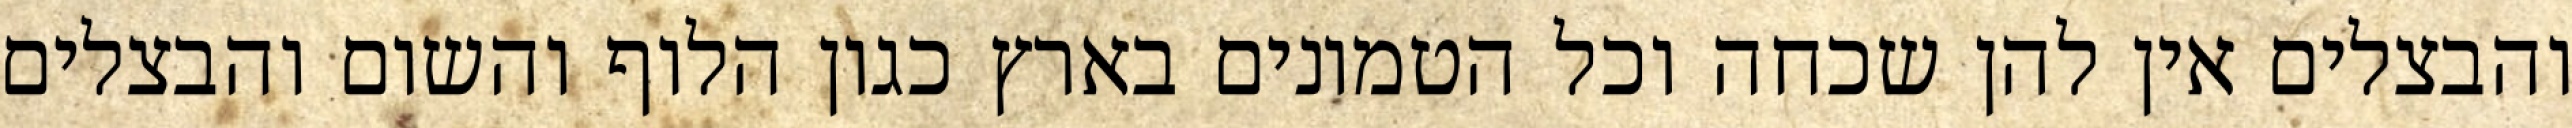
והבצלים אין להן שכחה וכל הטמונים בארץ כגון הלוף והשום והבצלים